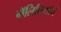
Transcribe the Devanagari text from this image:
गॅलिलियोचे